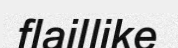
flaillike